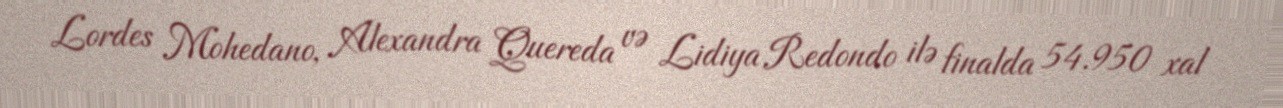
Lordes Mohedano, Alexandra Quereda və Lidiya Redondo ilə finalda 54.950 xal